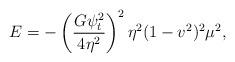
LaTeX: \begin{align*} E=-\left(\frac{G\psi_t^2}{4\eta^2}\right)^2\eta^2(1-v^2)^2\mu^2,\end{align*}